Civil Veterinary Dept. Bombay admin report 1907-1913 - 1907-1913
Year: 1907
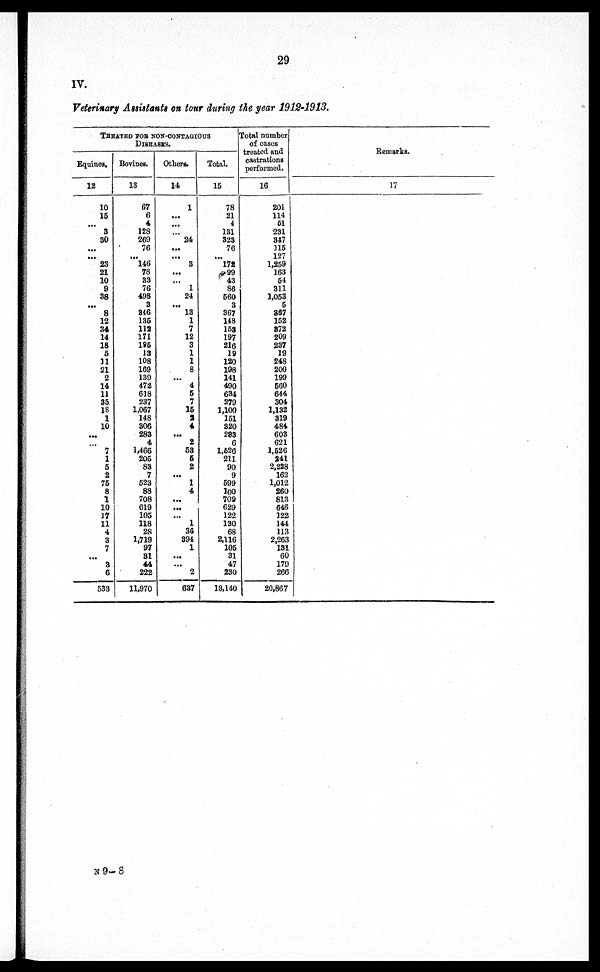
29
IV.
Veterinary Assistants on tour during the year 1912-1913.
TREATED FOR NON-CONTAGIOUS
DISEASES.
Equines.
12
10
15
...
3
80
...
...
23
21
10
9
38
...
8
12
34
14
18
5
11
21
2
14
11
35
18
1
10
...
...
7
1
5
2
76
8
1
10
17
11
4
3
7
...
3
6
533
Bovines.
13
67
6
4
123
269
76
...
146
78
33
76
498
3
846
136
113
171
196
13
108
169
139
472
618
237
1,067
148
306
283
4
1,466
205
83
7
523
88
708
619
105
118
28
1,719
97
81
44
222
11,970
Others.
14
1
...
...
...
24
...
...
3
...
...
1
24
...
13
1
7
12
3
1
1
8
...
4
5
7
15
9
4
...
2
53
6
2
...
1
4
...
...
...
1
36
394
1
...
...
2
637
Total.
15
78
21
4
131
323
76
...
172
99
43
86
560
3
867
148
163
197
216
19
120
198
141
490
634
279
1,100
151
320
283
6
1,526
211
90
9
599
100
709
629
122
130
68
2,116
105
31
47
230
13,140
Total number
of cases
treated and
castrations
performed.
16
201
114
61
231
847
115
127
1,259
163
54
311
1,063
5
397
152
872
209
237
19
248
200
199
560
644
304
1,132
319
484
603
621
1,526
241
2,228
162
1,012
260
813
646
122
144
113
2,263
131
60
179
266
20,867
Remarks.
17
N 9 –– 8